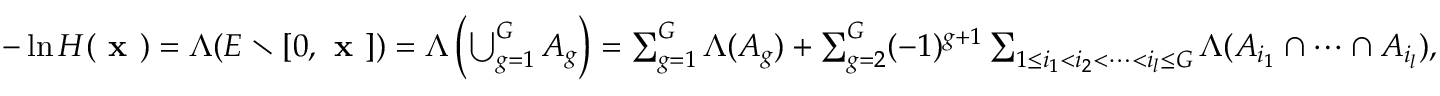
\begin{array} { r } { - \ln H ( \textbf { x } ) = \Lambda ( E \setminus [ 0 , \textbf { x } ] ) = \Lambda \left( \bigcup _ { g = 1 } ^ { G } A _ { g } \right) = \sum _ { g = 1 } ^ { G } \Lambda ( A _ { g } ) + \sum _ { g = 2 } ^ { G } ( - 1 ) ^ { g + 1 } \sum _ { 1 \leq i _ { 1 } < i _ { 2 } < \dots < i _ { l } \leq G } \Lambda ( A _ { i _ { 1 } } \cap \dots \cap A _ { i _ { l } } ) , } \end{array}